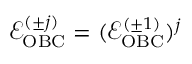
\begin{array} { r } { \mathcal { E } _ { \mathrm { O B C } } ^ { ( \pm j ) } = ( \mathcal { E } _ { \mathrm { O B C } } ^ { ( \pm 1 ) } ) ^ { j } } \end{array}